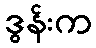
ဒွန်းက